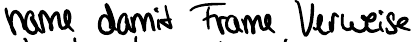
name damit Frame Verweise